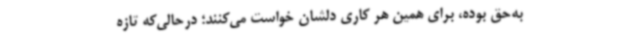
به‌حق بوده، برای همین هر کاری دلشان خواست می‌کنند؛ درحالی‌که تازه